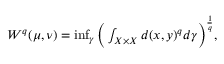
\begin{array} { r } { W ^ { q } ( \mu , \nu ) = \operatorname* { i n f } _ { \gamma } \bigg ( \int _ { X \times X } d ( x , y ) ^ { q } d \gamma \bigg ) ^ { \frac { 1 } { q } } , } \end{array}